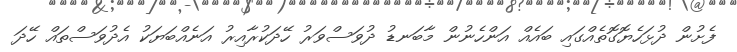
ފެށުން ދުޅަހެޔޮގޮތެއްގައި ބައެއް އަންހެނުން މާބަނޑު ދުވަސްވަރު ހޭދަކުރާއިރު އަނެއްބަޔަކު އެދުވަސްތައް ހޭދަ